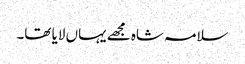
سلامہ شاہ مجھے یہاں لایا تھا۔